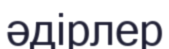
әдірлер